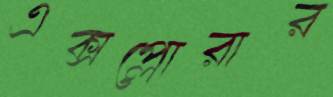
এক্সপ্লোরার